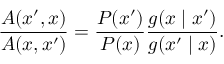
{ \frac { A ( x ^ { \prime } , x ) } { A ( x , x ^ { \prime } ) } } = { \frac { P ( x ^ { \prime } ) } { P ( x ) } } { \frac { g ( x \mid x ^ { \prime } ) } { g ( x ^ { \prime } \mid x ) } } .